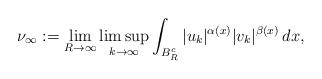
LaTeX: \begin{align*}\nu_{\infty}:= \displaystyle{\lim_{R \to \infty}\limsup_{k \to \infty}\int_{B^{c}_{R}}|u_k|^{\alpha(x)}|v_k|^{\beta(x)}\,dx},\end{align*}